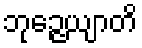
ဘုဉ္ဇေယျာတိ